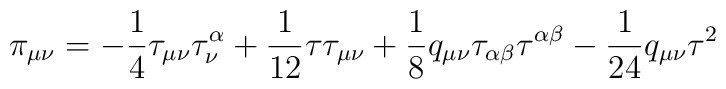
\pi_{\mu\nu} = -\frac{1}{4}\tau_{\mu\nu} \tau_{\nu}^{\alpha}+\frac{1}{12} \tau \tau_{\mu\nu} +\frac{1}{8}q_{\mu\nu}\tau_{\alpha\beta}\tau^{\alpha\beta} - \frac{1}{24}q_{\mu\nu}\tau^{2}